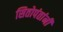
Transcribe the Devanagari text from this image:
सितोपंतांनी